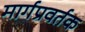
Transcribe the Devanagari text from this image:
मार्गप्रवर्तक